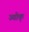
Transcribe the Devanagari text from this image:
ज्योक्